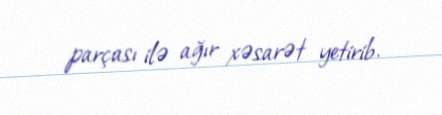
parçası ilə ağır xəsarət yetirib.